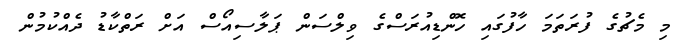
މި މެޗުގެ ފުރަތަަމަ ހާފުގައި ހޮންޑިއުރަސްގެ ވިލްސަން ޕަލާސިއޯސް އަށް ރަތްކާޑު ދެއްކުމުން